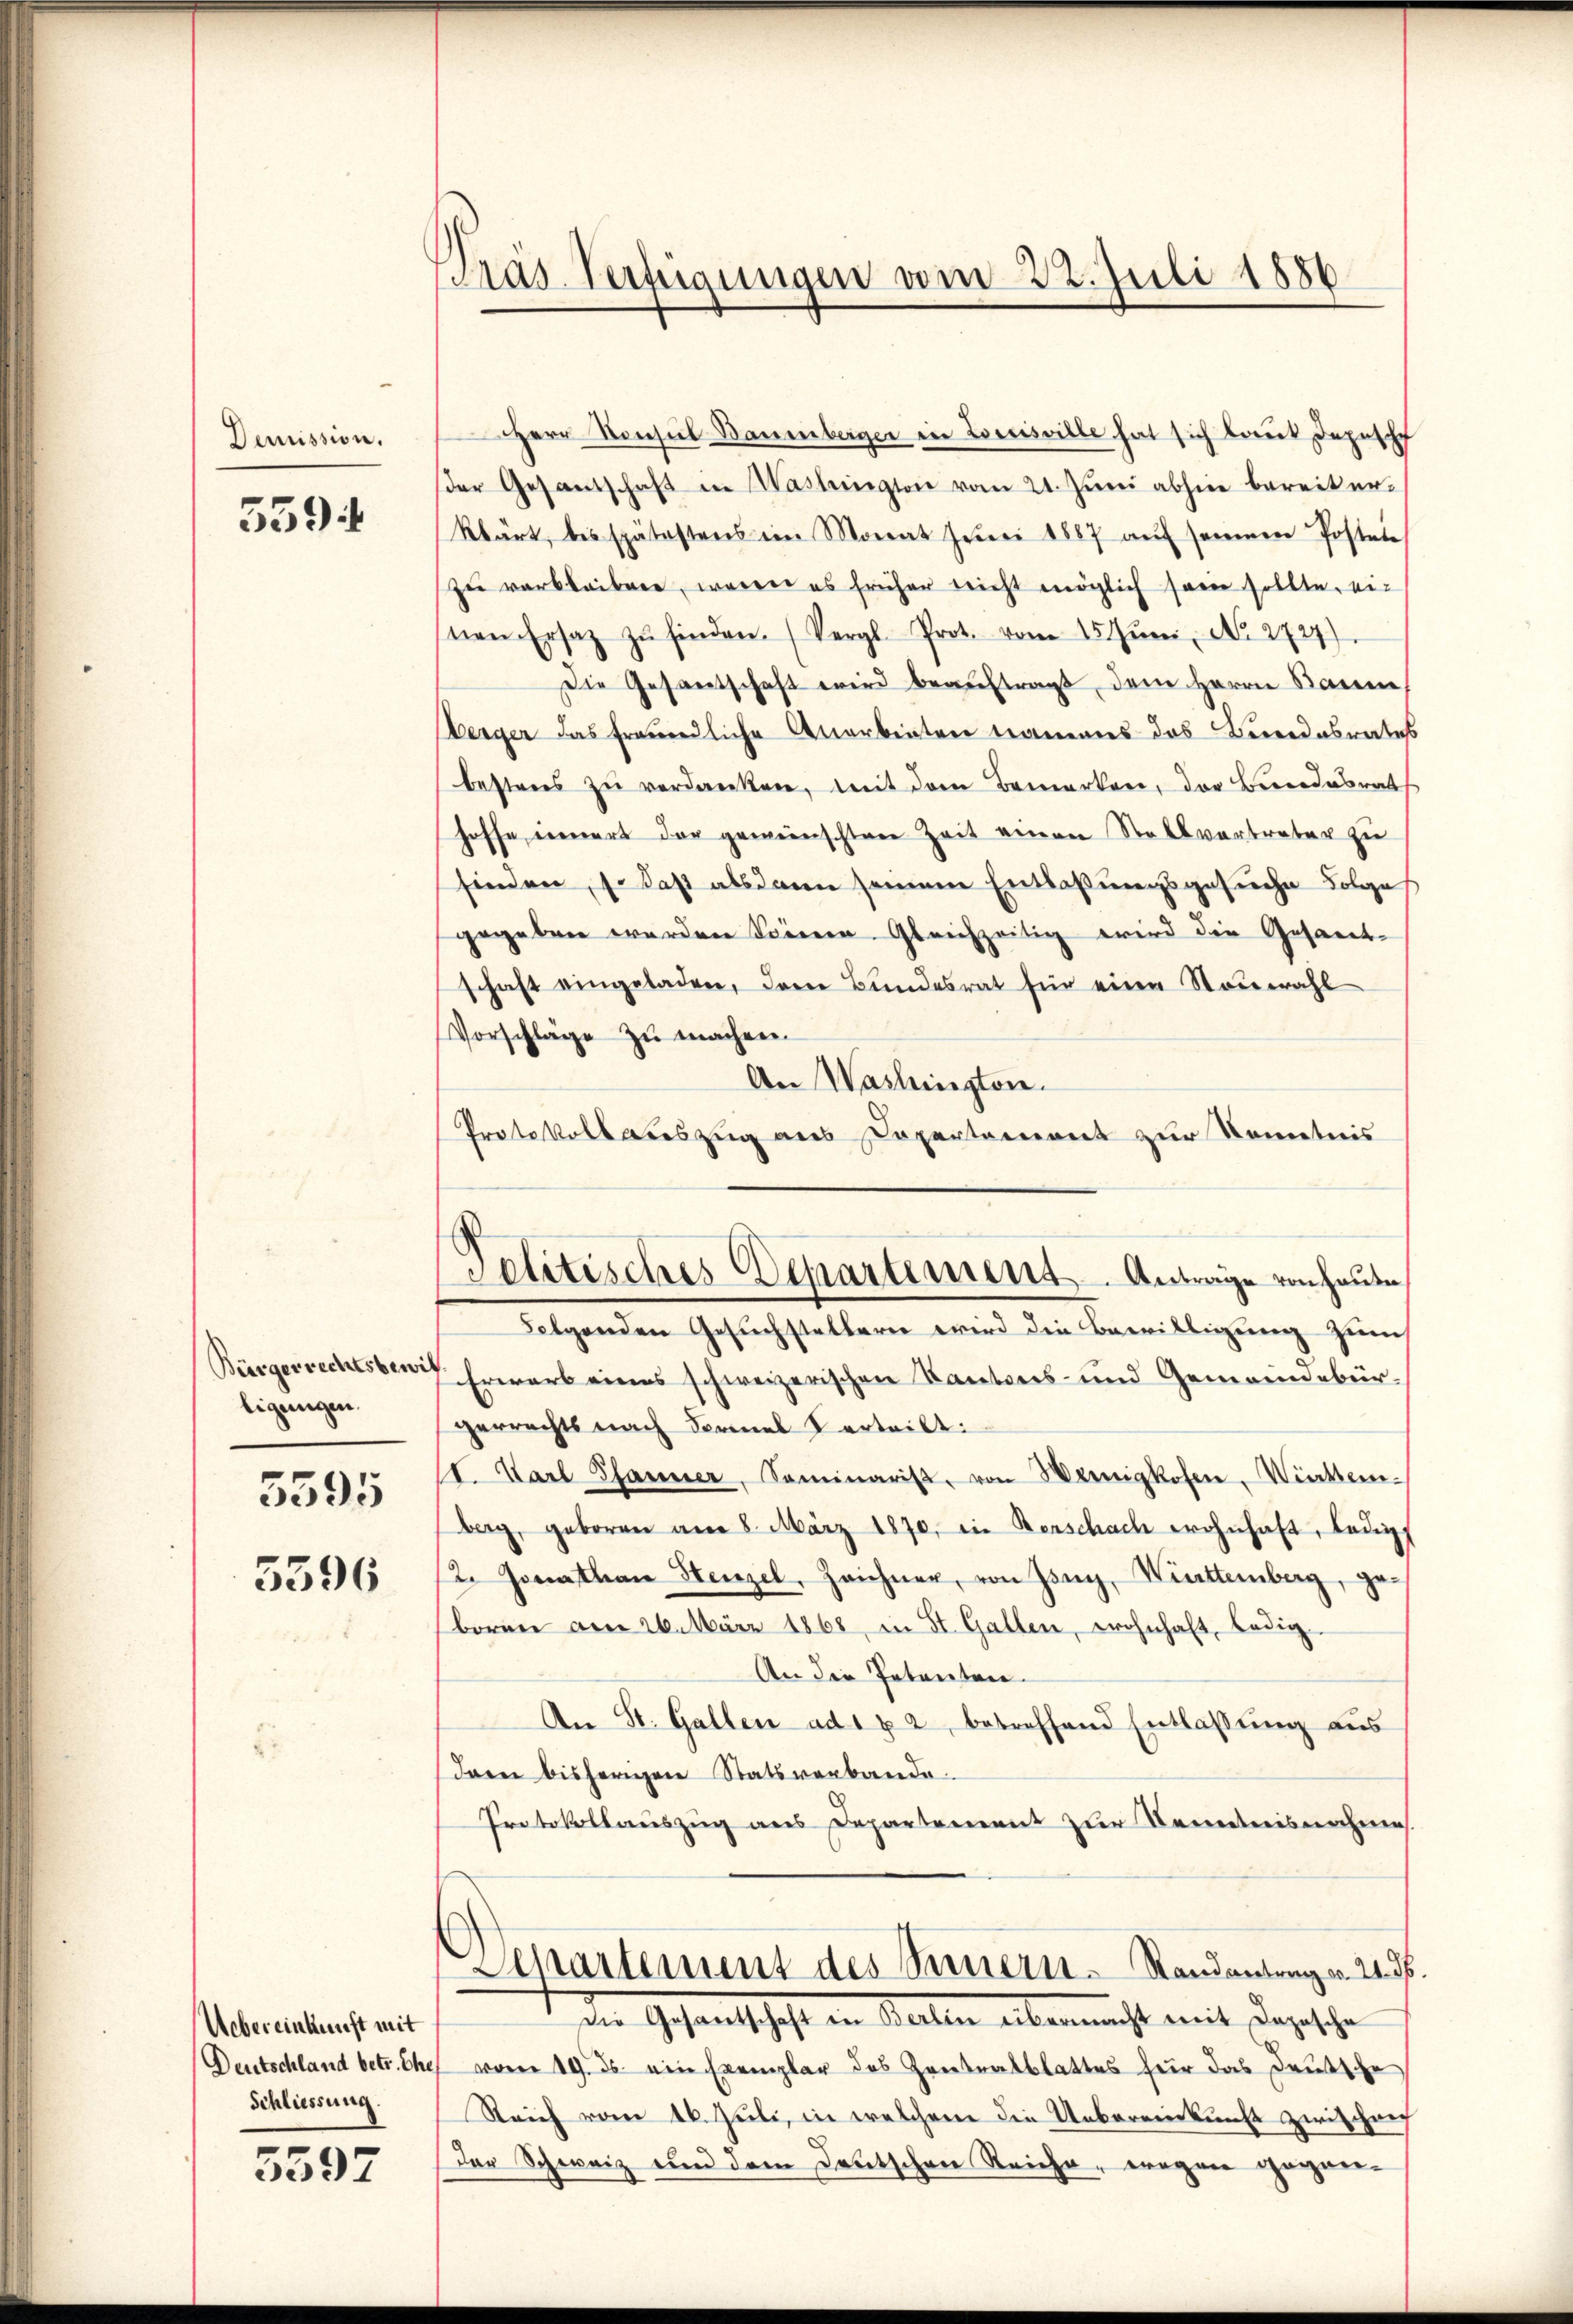
Demission.

5594

Bürgerrechtsbewi
ligungen.
5395

5396

Uebereinkunft mit
Schliessung.

5597

Präs. Verfügungen vom 22. Juli 1886

Herr Konsul Bauenberger in Loesisville hat sich laut Depesche
der Gesantschaft in Washington vom 21. Juni abhin bereiterklärt, bis spätestens im Monat Juni 1887 aŭf seinem Posten
zu verbleiben, waren es früher nicht möglich seine sollte, ei-
nen Ersatz zŭ finden. (Vergl. Prot. vom 15. Jŭni No 2727).
Die Gesantschaft wird beauftragt, dem Herrn Baum
Berger das freundliche Anerbieten namens das Bundesrates
bestens zŭ verdanken, mit dem Bemerken, der Berndesrath
hoffe einert der gemeinschtere Zeit einen Stellvertreter zu
finden, so daß alsdann seinem Entlaßungsgesuche Folges
gegeben werden Sonnern. Gleichzeitig wird die Gesandt-
schaft eingeladen, dem Bundesrat für eine Stauwahl
Vorschläge zu machen.
An Washington.
Protokoll auszug aus Departement zur Kenntnis
Folgenden Gesŭchstelleren wird die Bewilligŭng zum
7 Erwarb eines schweizerischen Kantons- und Gemeindebür-
gerrechts nach Formal Verteilt:
1t. Karl Spanner, Seminarist, von Weinigkofen, Wiecker.
berg, geboren am 8. März 1870, in Kerschach wohnhaft, ledig
12. Jonathan Henzel, Zeichner, von Zug, Württemberg, ge-
boren am 26. März 1868, in St. Gallen, wohnhaft, ledig¬
An die Petenten.
An St. Gallen ad 1 x 2 betreffend Entlassung aus
Dann bisherigen Statsverbande.
Protokollauszug aus Departement zur Kenntnisnahme.
Departement des Semmern Randantrag v. 21. ds.
die Gesandtschaft den Maller übermacht mit, dagesehe
Deutschland betr. Ehe vom 19. ds. ein Exemplar des Zentratblattes für das Deutsche
Reich vom 16. Juli, in welchem die Uebereinkunft zwischen
Der Schweiz und dem Deutschen Reiche, wegen gepar¬

Politisches Departement. Anträge von heute,